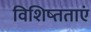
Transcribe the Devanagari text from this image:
विशिष्तताएं